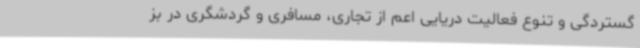
گستردگی و تنوع فعالیت دریایی اعم از تجاری، مسافری و گردشگری در بز